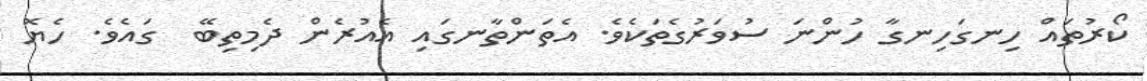
ކޯރުތައް ހިނގަހިނގާ ހުންނަ ސުވަރުގެތަކެވެ. އެތަންތާނގައި އެއުރެން ދެމިތިބޭ  ގައެވެ. ހެޔޮ